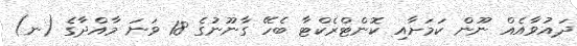
ދައުވާއެއް ނޫން ކަމަށާއި ކޮންޓްރެކްޓާ ބެހޭ ގާނޫނުގެ 18 ވަނަ މާއްދާގެ (ނ)